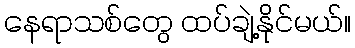
နေရာသစ်တွေ ထပ်ချဲ့နိုင်မယ်။